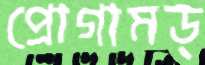
প্রোগামড্